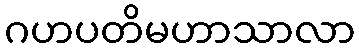
ဂဟပတိမဟာသာလာ